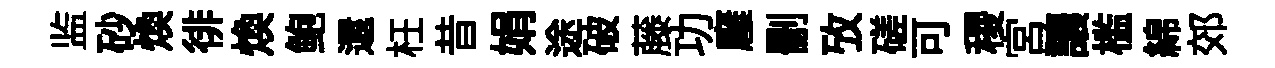
监砂煥徘煥鲍還枉昔娟途破藤功廱删攷磋可稷宮讓槛綿郊